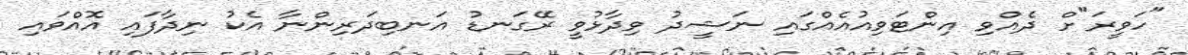
"ހަވީރަ"ށް ދެއްވި އިންޓަވިއުއެއްގައި ނަޝީދު ވިދާޅުވީ ރޭގަނޑު އަނބިދަރިންނާ އެކު ނިދާފައި އޮއްވައި